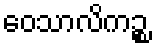
ဝေသာလိကဉ္စ